Eesti_Rahvusfond, lk 48
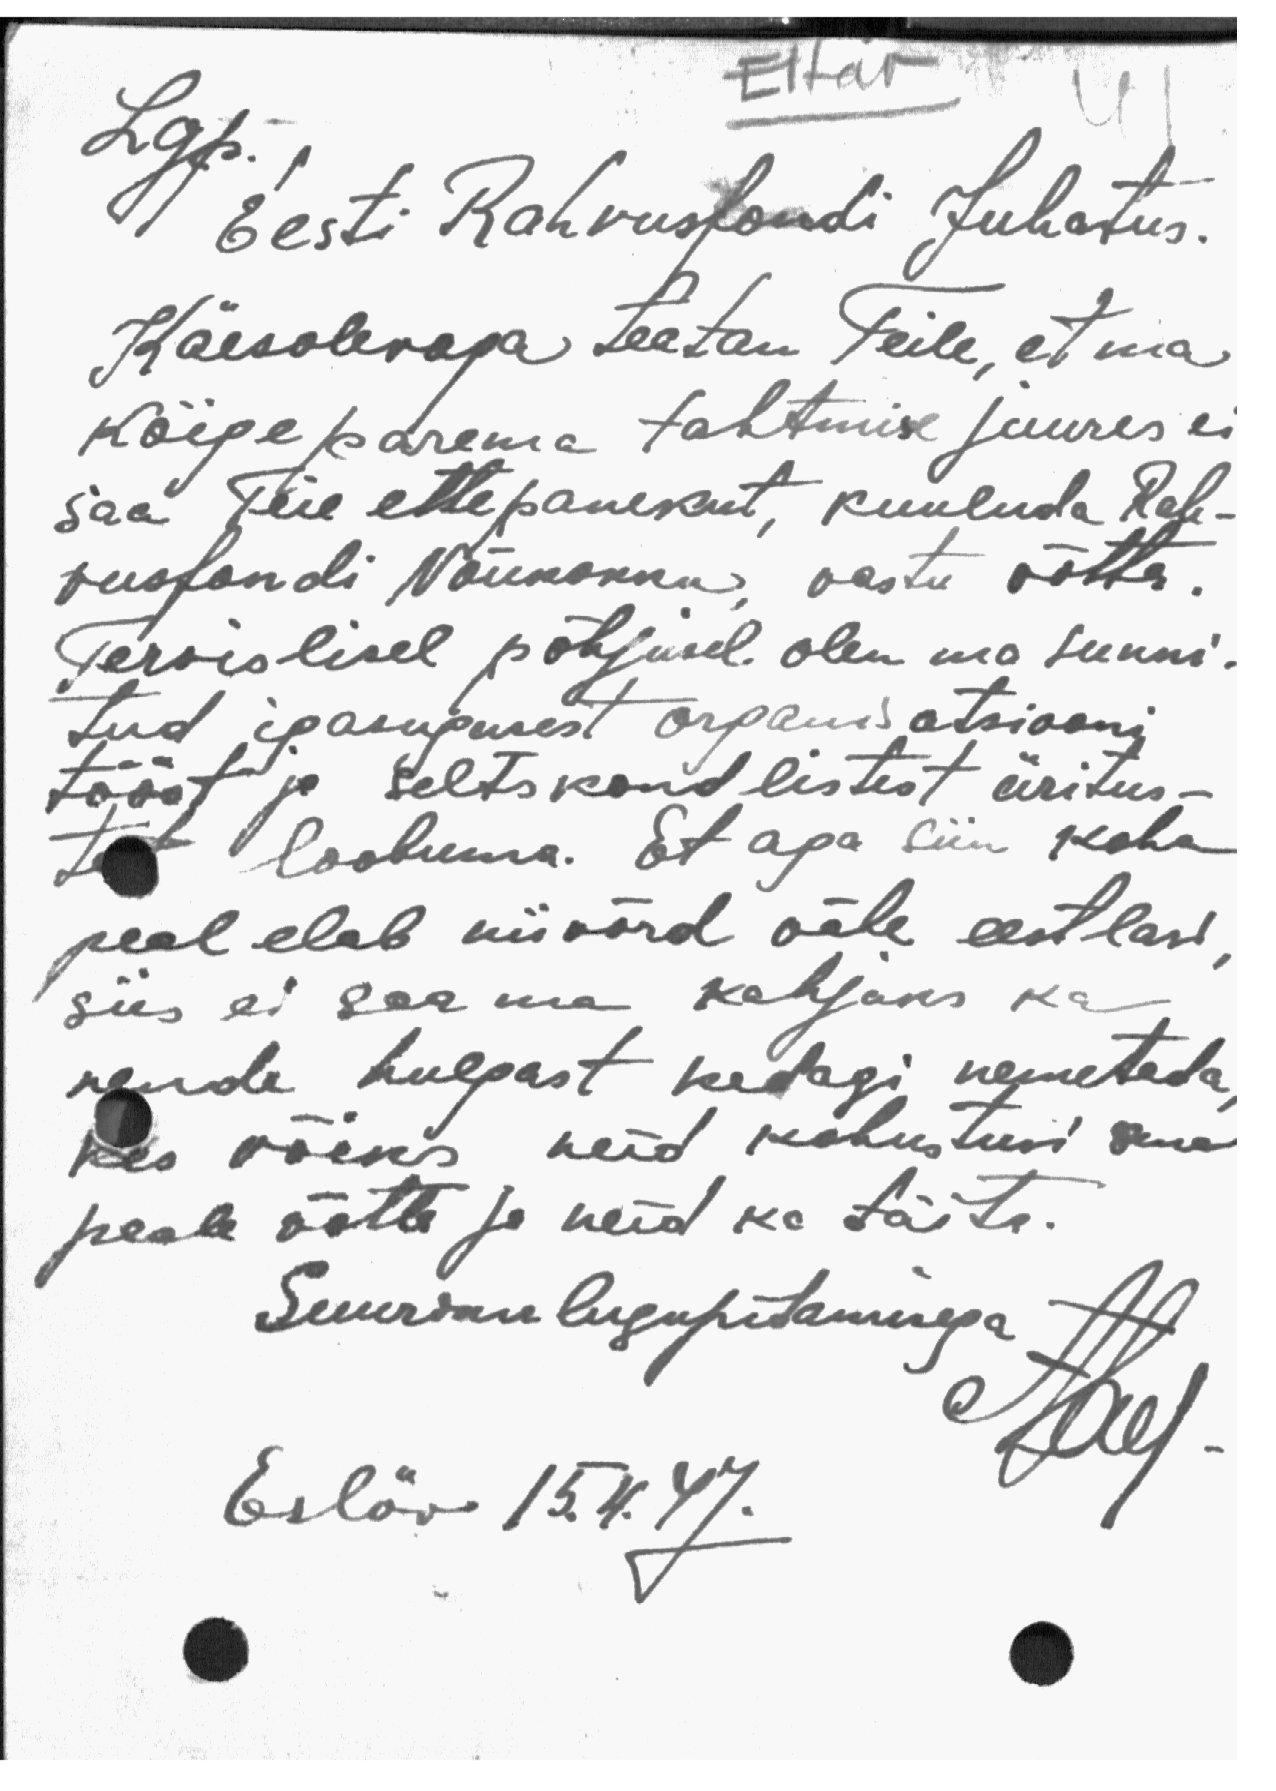
Eitav
41
Lgp.
Eesti Rahvusfondi Juhatus.
Käesolevaga teatan Teile, et ma
kõige parema tahtmise juures ei
saa Teie ettepanekut, kuuluda Rah-
vusfondi Nõukokku, vastu võtta.
Tervislisel põhjusel olen ma sunni-
tud igasugusest organisatsiooni
tööst ja seltskondlistest üritus-
test loobuma. Et aga siin koha
peal elab niivõrd vähe eestlasi,
siis ei saa ma kahjuks ka
nende hulgast kedagi nemetada,
kes võiks neid kohustusi oma
peale võtta ja neid ka täita.
Suurima lugupidamisega
Aby
Eslöv 15.4.47.